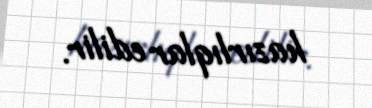
hazırlıqlar edilir.